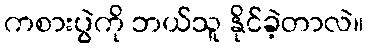
ကစားပွဲကို ဘယ်သူ နိုင်ခဲ့တာလဲ။